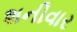
શનીવાર